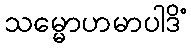
သမ္မောဟမာပါဒိံ